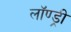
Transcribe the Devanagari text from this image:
लॉण्ड्री